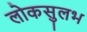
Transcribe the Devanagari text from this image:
लोकसुलभ